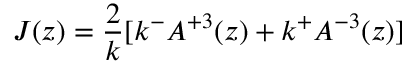
J ( z ) = \frac { 2 } { k } [ k ^ { - } A ^ { + 3 } ( z ) + k ^ { + } A ^ { - 3 } ( z ) ]